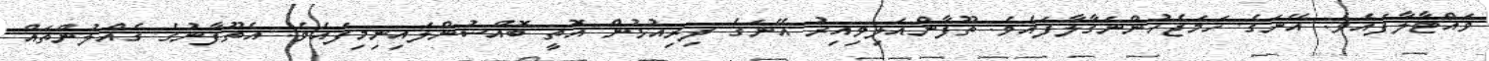
ވައްޓާލާފައެވެ. އޭނަގެ ހަމަޖެހުންނަގާލާފައެވެ. ތޫފާންއަލިވިއިރު އޭނަގެ ދިރިއުޅުން އޮތީ ބޮއްސުންލައިނިމިފައެވެ. އެތޫފާނުގެ ގެއްލުންތައް